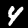
Digit: 4